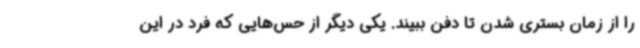
را از زمان بستری شدن تا دفن ببیند. یکی دیگر از حس‌هایی که فرد در این